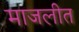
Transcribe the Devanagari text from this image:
माजलीत